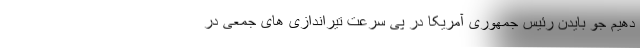
دهیم جو بایدن رئیس جمهوری آمریکا در پی سرعت تیراندازی های جمعی در